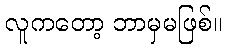
လူကတော့ ဘာမှမဖြစ်။